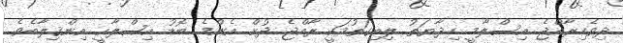
ދިވެހިރާއްޖެ އިސްލާމީ ހިދާޔަތު ލިބިގަތުމަކީ ރާއްޖެ ދުށް އެންމެ ބޮޑު އިޞްލާޙީ އިންޤިލާބެވެ.